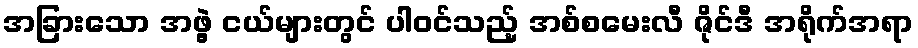
အခြားသော အဖွဲ့ ငယ်များတွင် ပါဝင်သည့် အစ်စမေးလီ ဇိုင်ဒီ အရိုက်အရာ